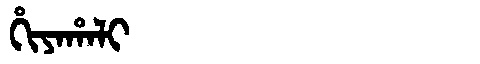
Manchu: ᡥᡳᠶᠠᡥᠠᠯᡳ
Romanization: HIYAHALI